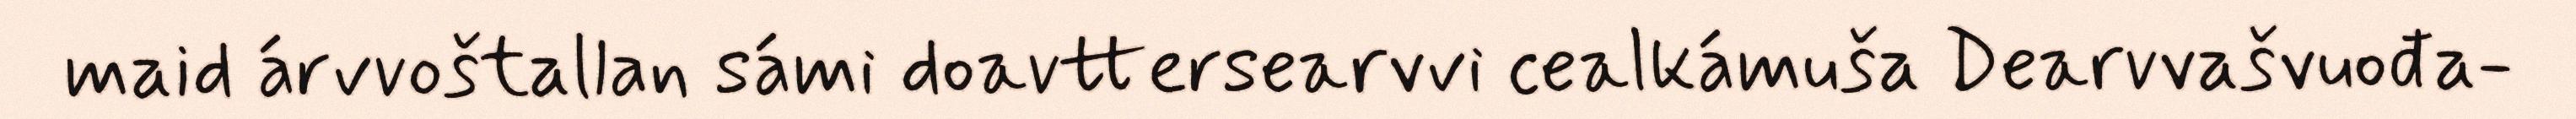
maid árvvoštallan sámi doavttersearvvi cealkámuša Dearvvašvuođa-